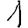
Digit: 1